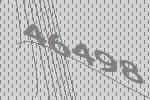
46498